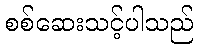
စစ်ဆေးသင့်ပါသည်